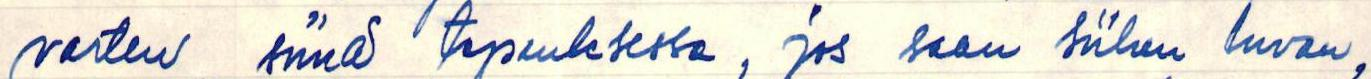
varten siinä tapauksessa, jos saan siihen luvan,